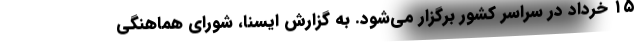
۱۵ خرداد در سراسر کشور برگزار می‌شود. به گزارش ایسنا، شورای هماهنگی